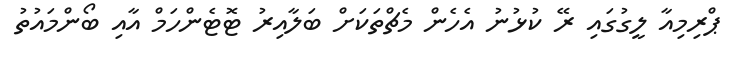
ޕްރިމިއާ ލީގުގައި ރޭ ކުޅުނު އެހެން މެޗްތަކަށް ބަލާއިރު ޓޮޓެންހަމް އާއި ބޯންމައުތު